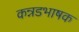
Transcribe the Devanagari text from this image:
कन्नडभाषक